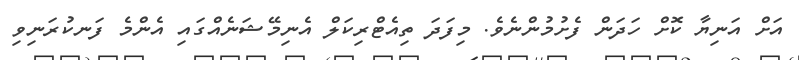
އަށް އަނިޔާ ކޮށް ހަދަން ފެށުމުންނެވެ. މިފަދަ ތިއެޓްރިކަލް އެނިމޭޝަނެއްގައި އެންމެ ފަނކުރަނިވި